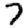
Digit: 7